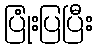
ပြုံးပြပြီး